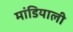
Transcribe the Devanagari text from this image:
मांडियाली